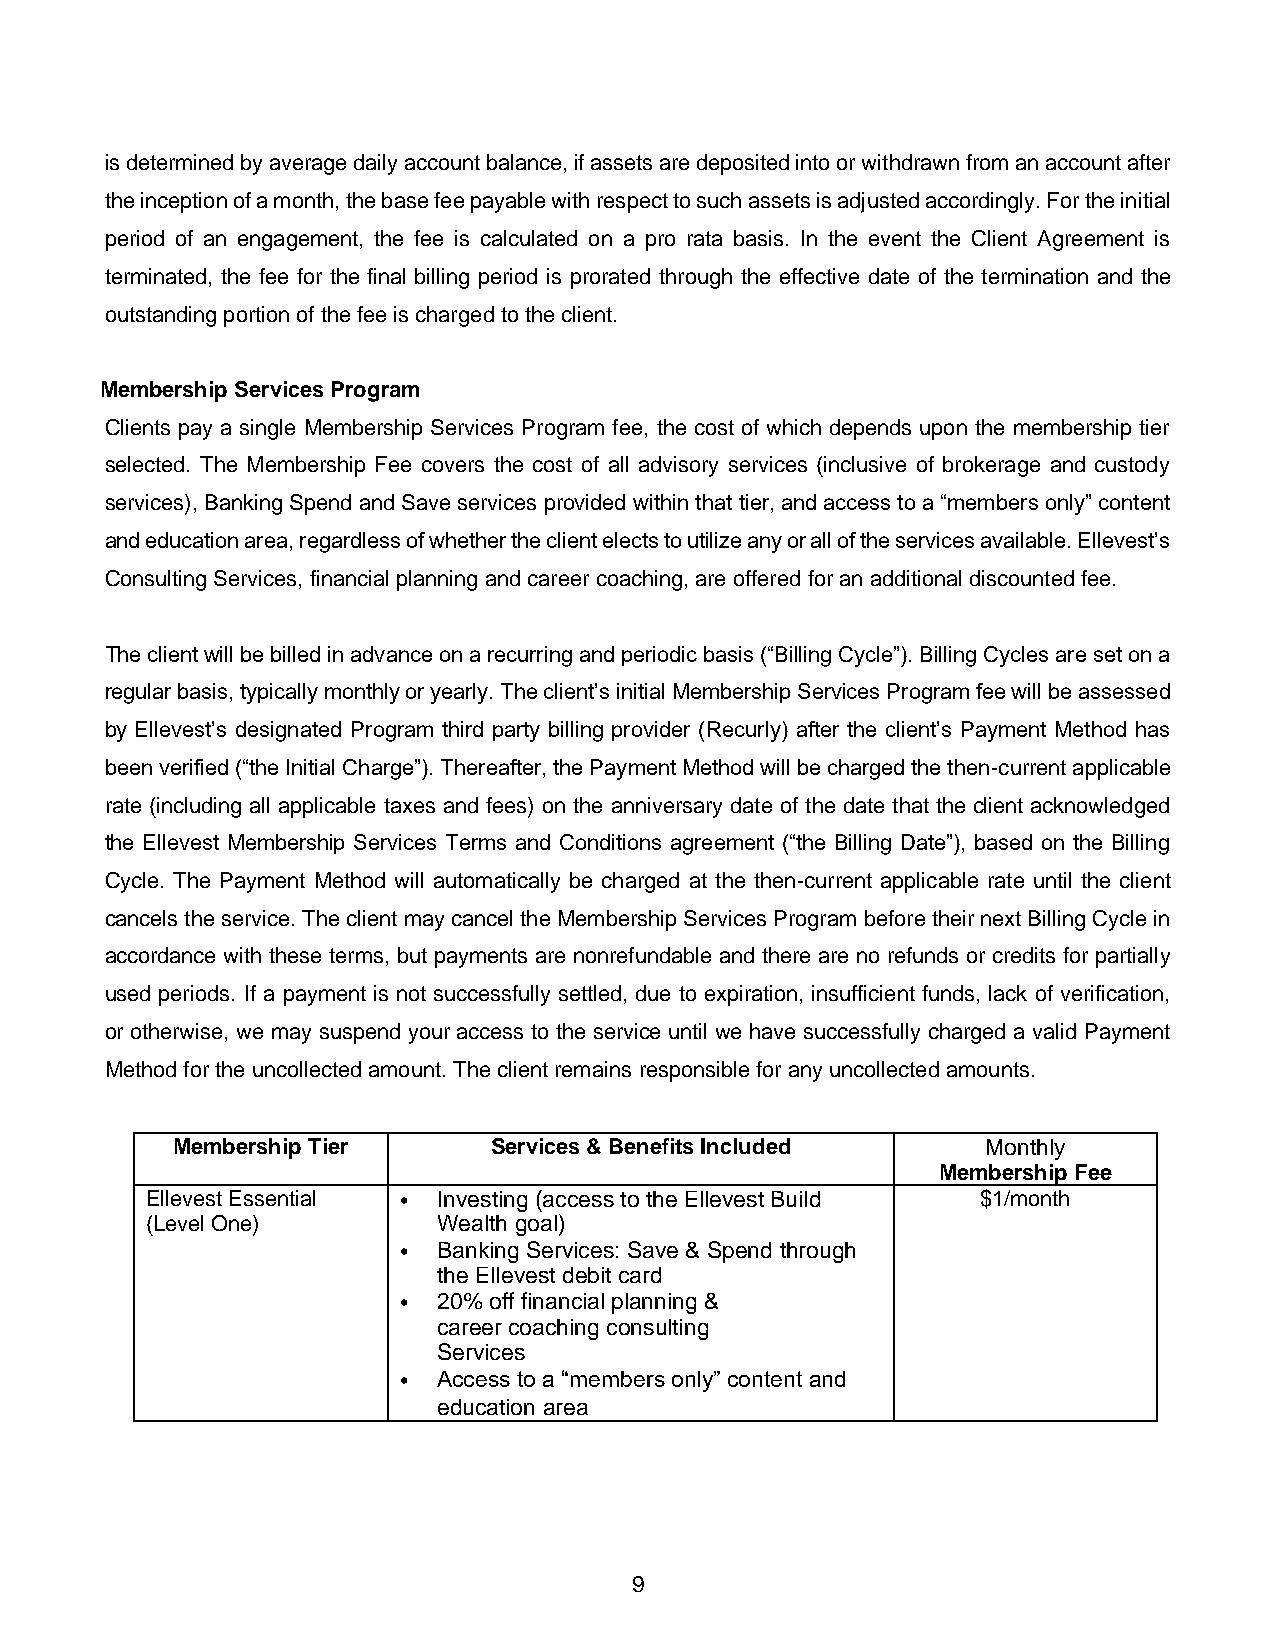
is determined by average daily account balance, if assets are deposited into or withdrawn from an account after
 the inception of a month, the base fee payable with respect to such assets is adjusted accordingly. For the initial
 period of an engagement, the fee is calculated on a pro rata basis. In the event the Client Agreement is
 terminated, the fee for the final billing period is prorated through the effective date of the termination and the
 outstanding portion of the fee is charged to the client.
 Membership Services Program
 Clients pay a single Membership Services Program fee, the cost of which depends upon the membership tier
 selected. The Membership Fee covers the cost of all advisory services (inclusive of brokerage and custody
 services), Banking Spend and Save services provided within that tier, and access to a “members only” content
 and education area, regardless of whether the client elects to utilize any or all of the services available. Ellevest’s
 Consulting Services, financial planning and career coaching, are offered for an additional discounted fee.
 The client will be billed in advance on a recurring and periodic basis (“Billing Cycle”). Billing Cycles are set on a
 regular basis, typically monthly or yearly. The client’s initial Membership Services Program fee will be assessed
 by Ellevest’s designated Program third party billing provider (Recurly) after the client’s Payment Method has
 been verified (“the Initial Charge”). Thereafter, the Payment Method will be charged the then-current applicable
 rate (including all applicable taxes and fees) on the anniversary date of the date that the client acknowledged
 the Ellevest Membership Services Terms and Conditions agreement (“the Billing Date”), based on the Billing
 Cycle. The Payment Method will automatically be charged at the then-current applicable rate until the client
 cancels the service. The client may cancel the Membership Services Program before their next Billing Cycle in
 accordance with these terms, but payments are nonrefundable and there are no refunds or credits for partially
 used periods. If a payment is not successfully settled, due to expiration, insufficient funds, lack of verification,
 or otherwise, we may suspend your access to the service until we have successfully charged a valid Payment
 Method for the uncollected amount. The client remains responsible for any uncollected amounts.
 Membership Tier      Services & Benefits Included     Monthly
 Membership Fee
 Ellevest Essential • Investing (access to the Ellevest Build $1/month
 (Level One)        Wealth goal)
 •  Banking Services: Save & Spend through
 the Ellevest debit card
 •  20% off financial planning &
 career coaching consulting
 Services
 •  Access to a “members only” content and
 education area
 9